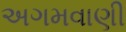
અગમવાણી